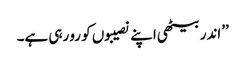
’’اندر بیٹھی اپنے نصیبوں کو رو رہی ہے۔